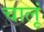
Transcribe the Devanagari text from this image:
चालूं